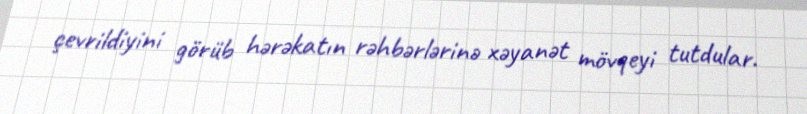
çevrildiyini görüb hərəkatın rəhbərlərinə xəyanət mövqeyi tutdular.